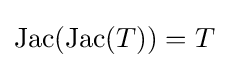
\mathrm {Jac} (\mathrm {Jac} (T))=T